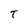
Character: T